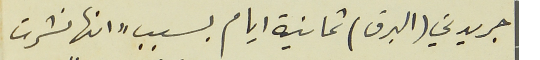
جريدتي (البرق) ثمانية ايام بسبب "انها نشرت